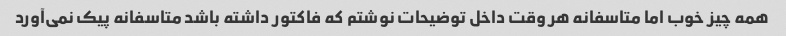
همه چیز خوب اما متاسفانه هر وقت داخل توضیحات نوشتم که فاکتور داشته باشد متاسفانه پیک نمی‌آورد